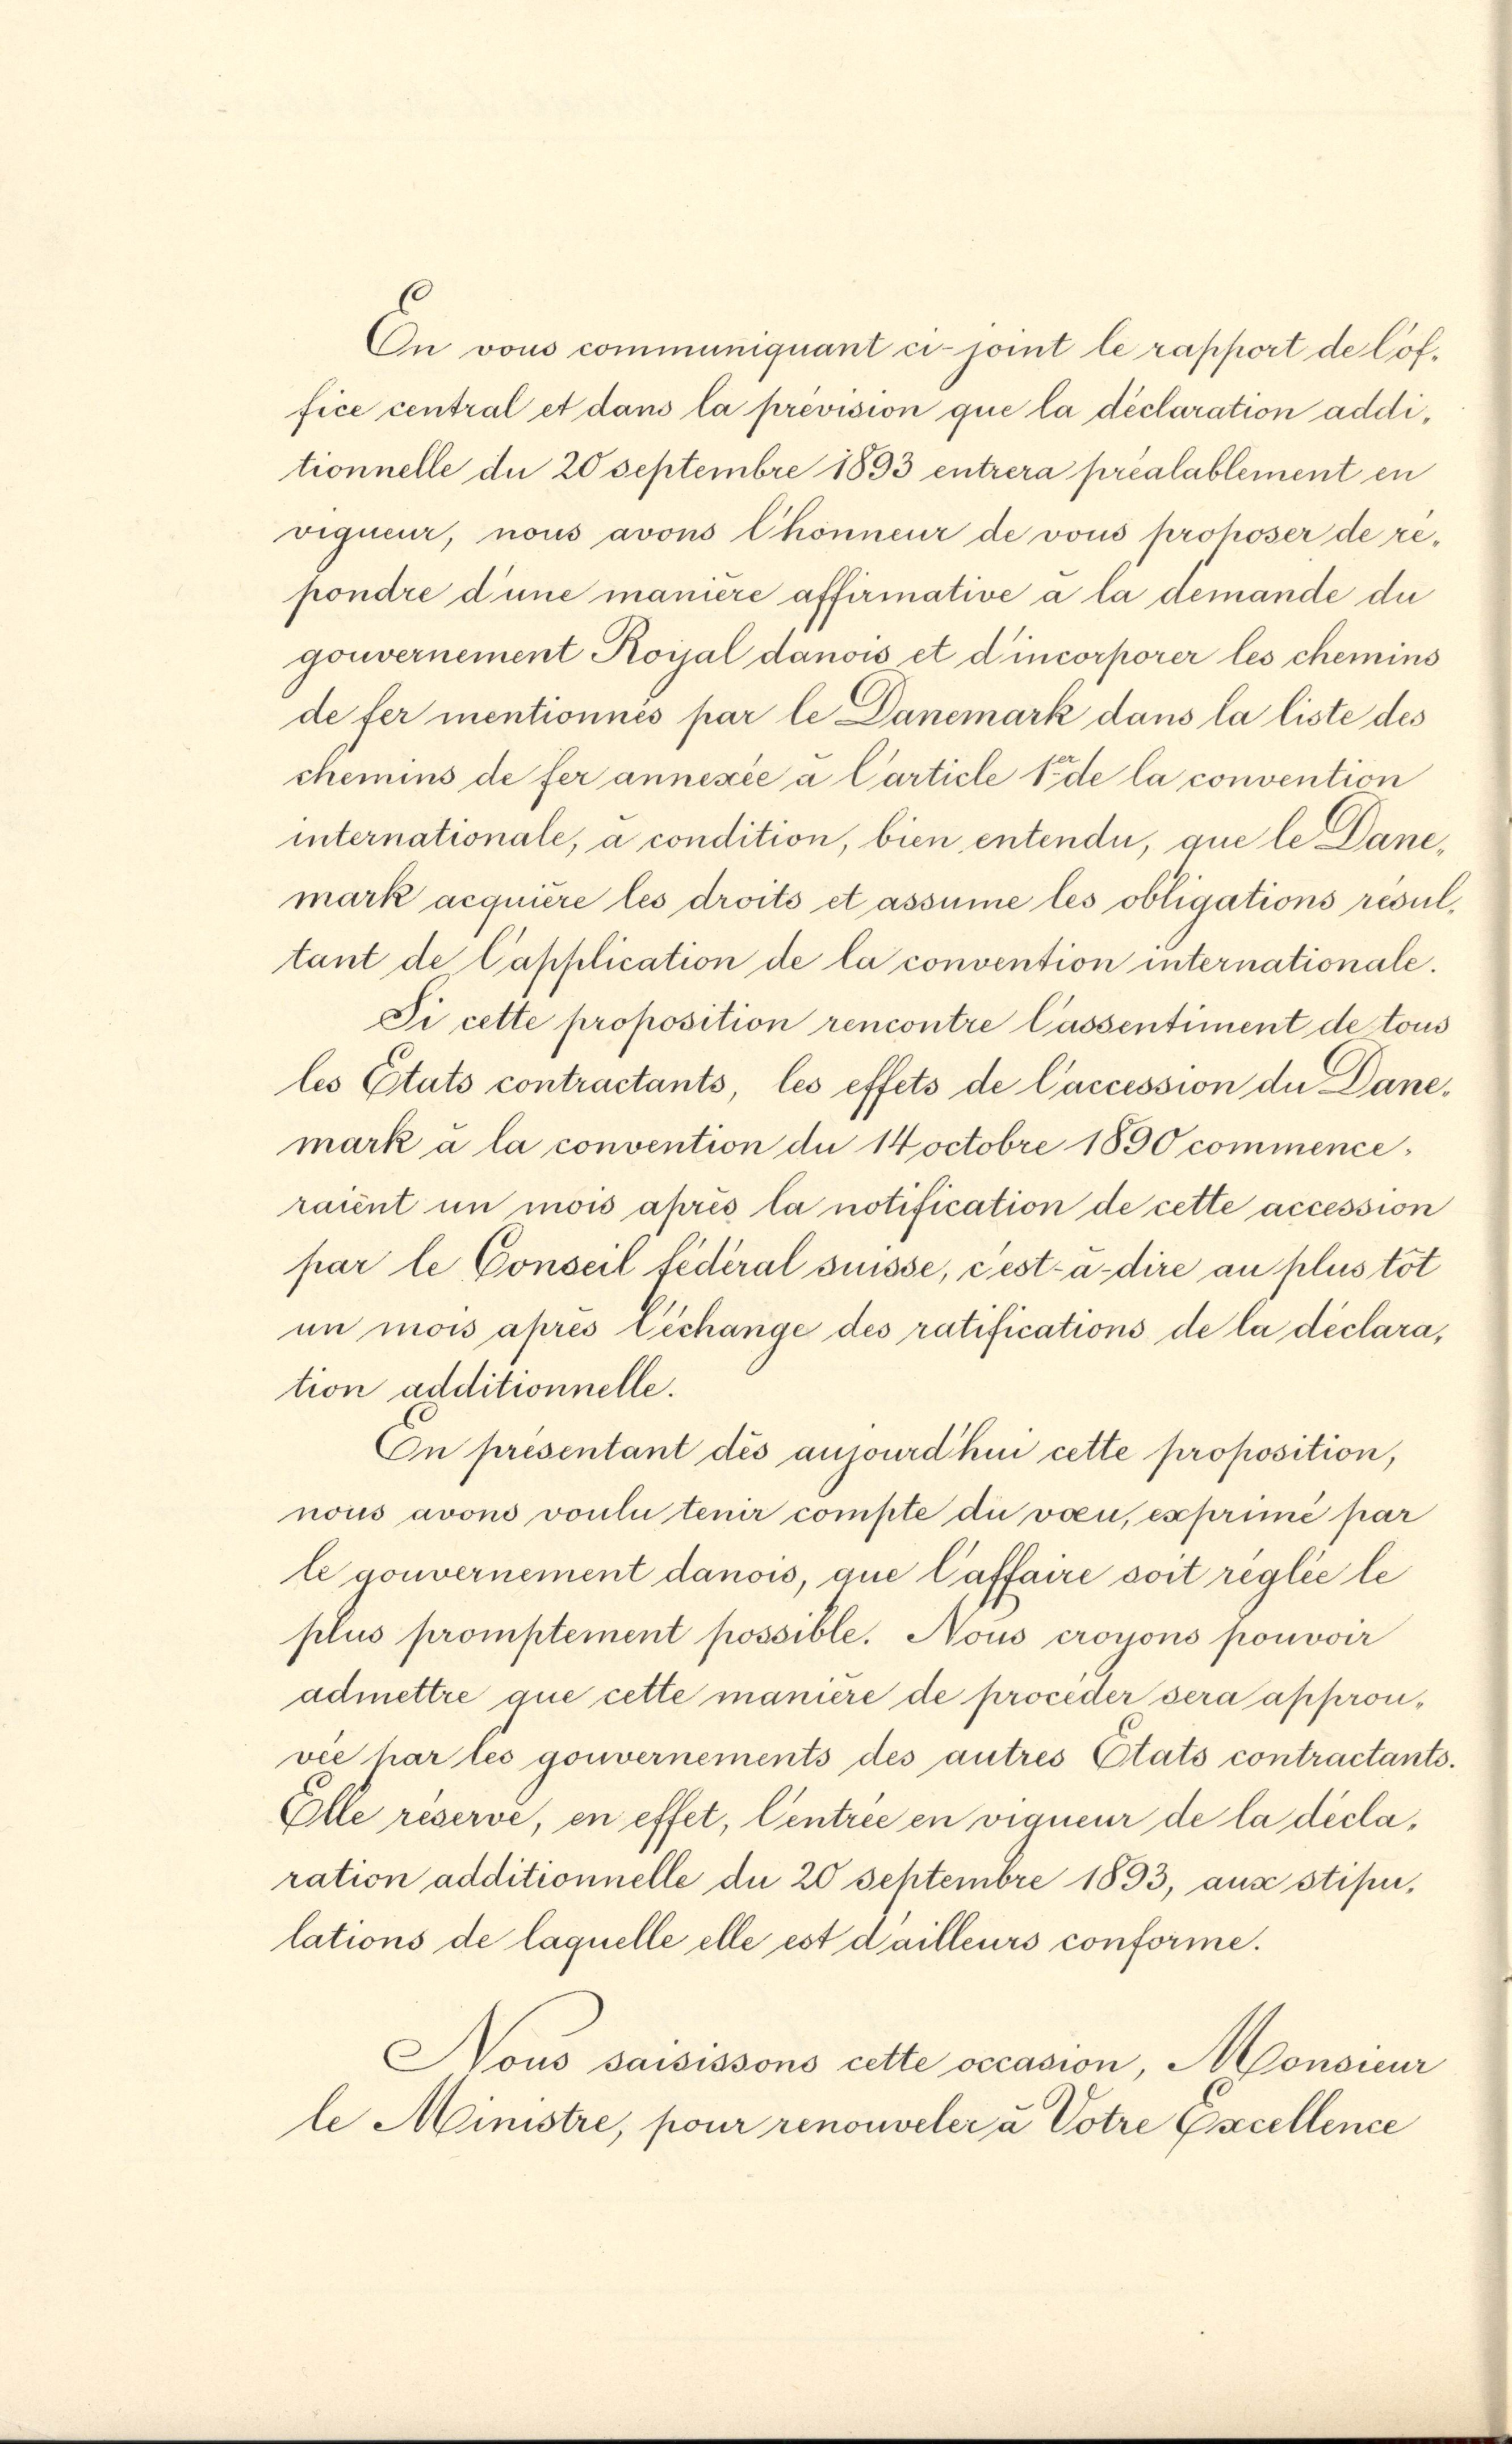
On vous communiquant ci- joint le rapport de loffice central et dans la prévision que la déclaration additionnelle de 20 Septembre 1893 entrera préalablement en
vigueur, nous avons Chonneur de vous prohoser de repondre dine manière affirmative à la demande di
gouvernement Koijal danows et d’incorporer les chemins
de fer mentionnés par le Danemark dans la liste des
chemins de fer annexée à Carticle 1 de la convention
internationale, à condition, bien entende, que le Dane,
mark acquière les droits et assume les obligations resultant de Capplication de la convention internationale.
Si cette proposition rencontre Cassentiment de tous
les Etats contractants, les effets de l’accession der Danemark à la convention du Noctobre 1890 commence
raient in mois après la notification de cette accession
par le Conseil fédéral Suisse, cest-à-dire au plus tot
un mois apres Lichange des ratifications de la déclara,
tion additionnelle.
Cn présentant dés aujourdhui cette proposition,
nous avons voulu tenir compte die vozu, exprimé par
te gouvernement danois, que Caffaire soit reglie le
plus promptement possible. Nous croyons pouvoir
admettre que cette maniere de proceder sera approuvee har les gouvernements des autres Etats contractants.
Elle réserve, en effet, Centrée en vigneur de la déclaration additionnelle die 20 Septembre 1893, aus stipulations de laquelle elle est dailleurs conforme.
Nous saisissons cette occasion, Monsieur
le Ministre, pour renouveler u Votre Excellence